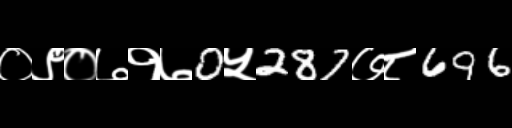
Text: ०९०७१७0५287७८696